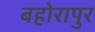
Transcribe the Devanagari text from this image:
बहोरापुर